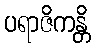
ပရာဇိကန္တိ